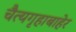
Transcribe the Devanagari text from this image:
चैत्यगृहाबाहेर